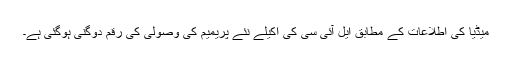
میڈیا کی اطلاعات کے مطابق ایل آئی سی کی اکیلے نئے پریمیم کی وصولی کی رقم دوگنی ہوگئی ہے۔